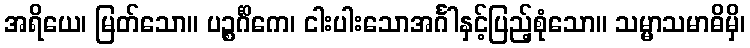
အရိယေ၊ မြတ်သော။ ပဉ္စင်္ဂိကေ၊ ငါးပါးသောအင်္ဂါနှင့်ပြည့်စုံသော။ သမ္မာသမာဓိမှိ၊